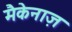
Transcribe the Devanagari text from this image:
मैकेनाज़